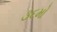
૩૬મો